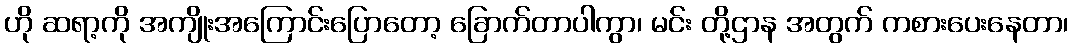
ဟို ဆရာ့ကို အကျိုးအကြောင်းပြောတော့ ခြောက်တာပါကွာ၊ မင်း တို့ဌာန အတွက် ကစားပေးနေတာ၊